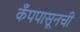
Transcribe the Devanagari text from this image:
कँपपासूनची